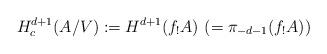
LaTeX: \begin{align*}H^{d+1}_c(A/V) := H^{d+1}(f_! A) \ (= \pi_{-d-1}(f_! A))\end{align*}